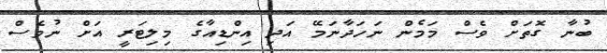
ބުނާ ގޮތަށް ވެސް މަމެން ނަހަދާނަމޭ އަދި އިންޑިއާގެ މިލިޓަރީ އަށް ނުވެސް